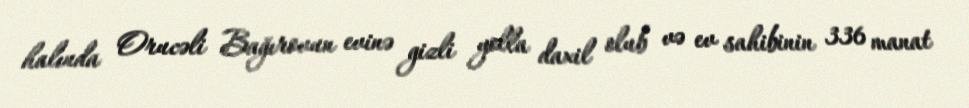
halında Orucəli Bağırovun evinə gizli yolla daxil olub və ev sahibinin 336 manat